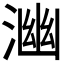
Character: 𭱒